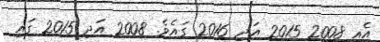
އެއީ 2008 2015 އަދި 2016 ގައެވެ. 2008 އަދި 2015 ގައި